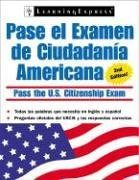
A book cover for Pasa Examen Ciudadania Americana (Pasa El Examen de Ciudadania Americana (Pass the U.S. Citizenship Ex) (Spanish Edition); LearningExpress Editors; Test Preparation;